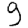
Digit: 9